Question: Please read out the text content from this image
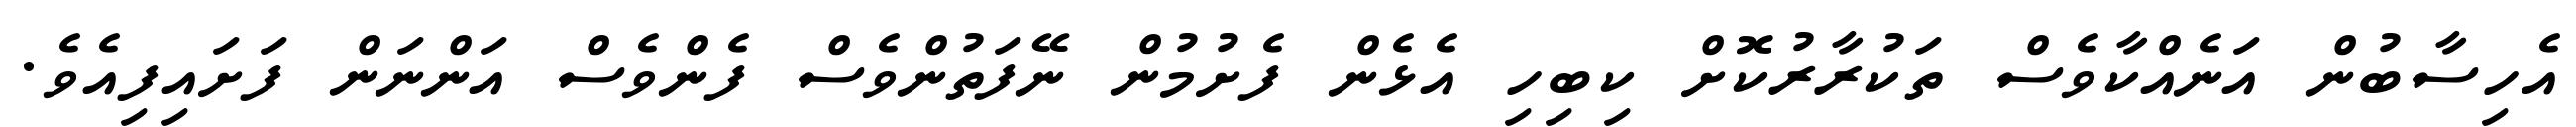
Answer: އެހިސާބުން އަނެއްކާވެސް ތަކުރާރުކޮށް ކިބިހި އެޅެން ފެށުމުން ނޭފަތުންވެސް ފެންވެސް އަންނަން ފަށައިފިއެވެ.